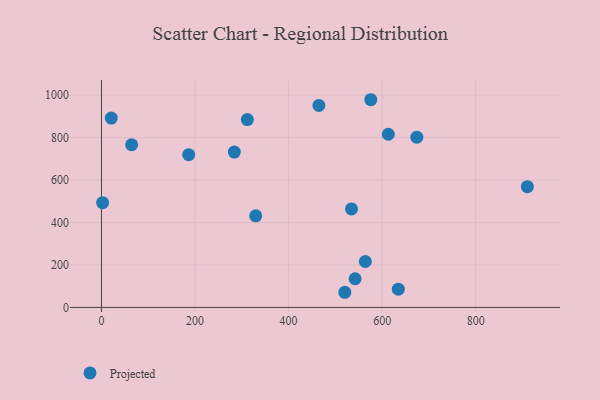
{"axis": {"x": "Price", "y": "Demand"}, "legend": ["Projected"], "data": [{"x": "2.5", "y": 493.6, "type": "Projected"}, {"x": "613.2", "y": 815.6, "type": "Projected"}, {"x": "329.8", "y": 431.3, "type": "Projected"}, {"x": "520.3", "y": 71.4, "type": "Projected"}, {"x": "534.5", "y": 464.2, "type": "Projected"}, {"x": "634.6", "y": 85.8, "type": "Projected"}, {"x": "910.5", "y": 568.7, "type": "Projected"}, {"x": "21.0", "y": 892.0, "type": "Projected"}, {"x": "311.9", "y": 885.0, "type": "Projected"}, {"x": "542.2", "y": 135.1, "type": "Projected"}, {"x": "464.8", "y": 951.4, "type": "Projected"}, {"x": "186.5", "y": 719.5, "type": "Projected"}, {"x": "564.1", "y": 216.4, "type": "Projected"}, {"x": "64.5", "y": 766.3, "type": "Projected"}, {"x": "674.2", "y": 802.0, "type": "Projected"}, {"x": "284.0", "y": 731.8, "type": "Projected"}, {"x": "575.8", "y": 978.3, "type": "Projected"}]}